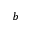
b